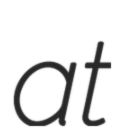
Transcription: at